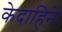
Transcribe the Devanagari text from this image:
केदाहिने